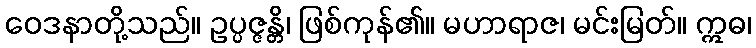
ဝေဒနာတို့သည်။ ဥပ္ပဇ္ဇန္တိ၊ ဖြစ်ကုန်၏။ မဟာရာဇ၊ မင်းမြတ်။ ဣဓ၊